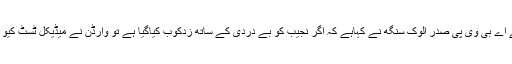
جے این یو کے اے بی وی پی صدر الوک سنگھ نے کہاہے کہ اگر نجیب کو بے دردی کے ساتھ زدکوب کیاگیا ہے تو وارڈن نے میڈیکل ٹسٹ کیو ں نہیں کروایا؟